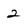
Character: 2